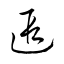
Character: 遐